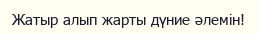
Жатыр алып жарты дүние әлемін!